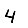
Digit: 4